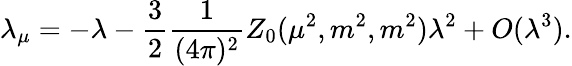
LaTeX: \lambda_{\mu}=-\lambda-\frac{3}{2}\frac{1}{(4\pi)^{2}}Z_{0}(\mu^{2},m^{2},m^{2})\lambda^{2}+O(\lambda^{3}).